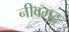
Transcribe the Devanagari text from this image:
नीवगढ़